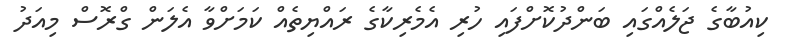
ކިއުބާގެ ޖަލެއްގައި ބަންދުކޮށްފައި ހުރި އެމެރިކާގެ ރައްޔިތެއް ކަމަށްވާ އެލަން ގްރޮސް މިއަދު